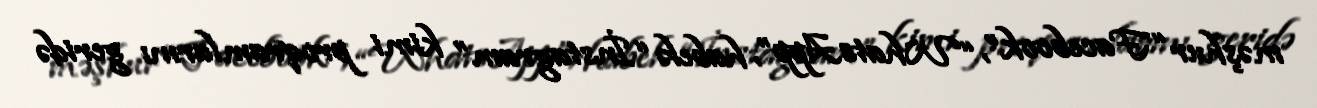
məşhur “Facebook”, “WhatsApp”, habelə “İnstagram” kimi proqramlarını geridə